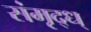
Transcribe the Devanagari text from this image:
संमृद्ध्